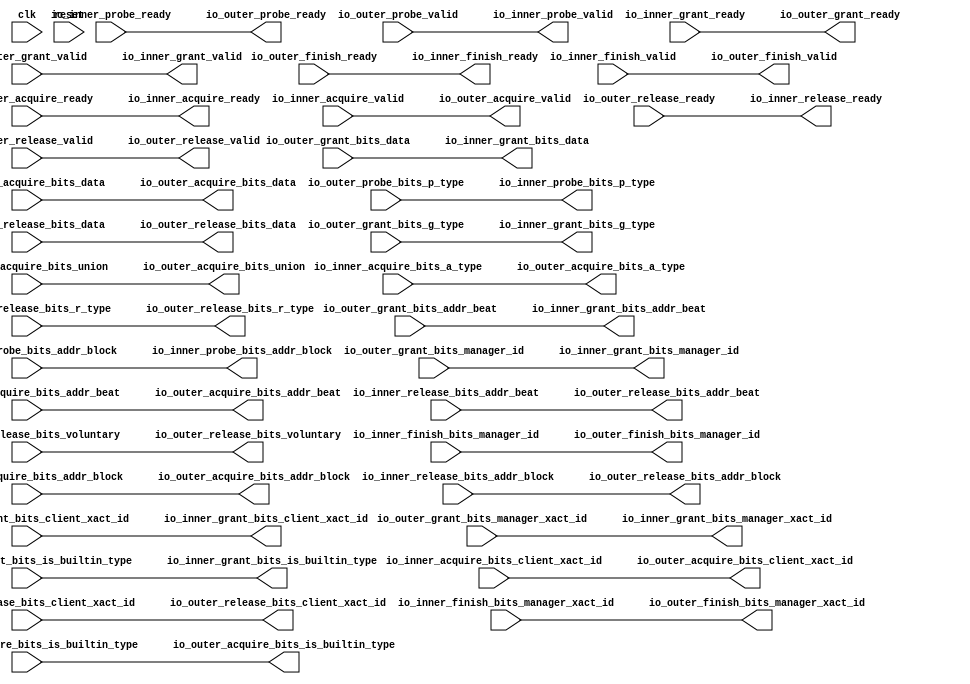
// Copyright (c) 2017, Microsemi Corporation
// All rights reserved.
//
// Redistribution and use in source and binary forms, with or without
// modification, are permitted provided that the following conditions are met:
//     * Redistributions of source code must retain the above copyright
//       notice, this list of conditions and the following disclaimer.
//     * Redistributions in binary form must reproduce the above copyright
//       notice, this list of conditions and the following disclaimer in the
//       documentation and/or other materials provided with the distribution.
//     * Neither the name of the <organization> nor the
//       names of its contributors may be used to endorse or promote products
//       derived from this software without specific prior written permission.
//
// THIS SOFTWARE IS PROVIDED BY THE COPYRIGHT HOLDERS AND CONTRIBUTORS "AS IS" AND
// ANY EXPRESS OR IMPLIED WARRANTIES, INCLUDING, BUT NOT LIMITED TO, THE IMPLIED
// WARRANTIES OF MERCHANTABILITY AND FITNESS FOR A PARTICULAR PURPOSE ARE
// DISCLAIMED. IN NO EVENT SHALL MICROSEMI CORPORATIONM BE LIABLE FOR ANY
// DIRECT, INDIRECT, INCIDENTAL, SPECIAL, EXEMPLARY, OR CONSEQUENTIAL DAMAGES
// (INCLUDING, BUT NOT LIMITED TO, PROCUREMENT OF SUBSTITUTE GOODS OR SERVICES;
// LOSS OF USE, DATA, OR PROFITS; OR BUSINESS INTERRUPTION) HOWEVER CAUSED AND
// ON ANY THEORY OF LIABILITY, WHETHER IN CONTRACT, STRICT LIABILITY, OR TORT
// (INCLUDING NEGLIGENCE OR OTHERWISE) ARISING IN ANY WAY OUT OF THE USE OF THIS
// SOFTWARE, EVEN IF ADVISED OF THE POSSIBILITY OF SUCH DAMAGE.
//
// Description:
//
// SVN Revision Information:
// SVN $Revision: 29484 $
// SVN $Date: 2017-03-31 09:57:25 +0100 (Fri, 31 Mar 2017) $
//
// Resolved SARs
// SAR      Date     Who   Description
//
// Notes:
//
// ****************************************************************************/
`define RANDOMIZE
`timescale 1ns/10ps
module PROC_SUBSYSTEM_CORERISCV_AXI4_0_CORERISCV_AXI4_CLIENT_TILE_LINK_ENQUEUER(
  input   clk,
  input   reset,
  output  io_inner_acquire_ready,
  input   io_inner_acquire_valid,
  input  [25:0] io_inner_acquire_bits_addr_block,
  input  [1:0] io_inner_acquire_bits_client_xact_id,
  input  [2:0] io_inner_acquire_bits_addr_beat,
  input   io_inner_acquire_bits_is_builtin_type,
  input  [2:0] io_inner_acquire_bits_a_type,
  input  [11:0] io_inner_acquire_bits_union,
  input  [63:0] io_inner_acquire_bits_data,
  input   io_inner_probe_ready,
  output  io_inner_probe_valid,
  output [25:0] io_inner_probe_bits_addr_block,
  output [1:0] io_inner_probe_bits_p_type,
  output  io_inner_release_ready,
  input   io_inner_release_valid,
  input  [2:0] io_inner_release_bits_addr_beat,
  input  [25:0] io_inner_release_bits_addr_block,
  input  [1:0] io_inner_release_bits_client_xact_id,
  input   io_inner_release_bits_voluntary,
  input  [2:0] io_inner_release_bits_r_type,
  input  [63:0] io_inner_release_bits_data,
  input   io_inner_grant_ready,
  output  io_inner_grant_valid,
  output [2:0] io_inner_grant_bits_addr_beat,
  output [1:0] io_inner_grant_bits_client_xact_id,
  output  io_inner_grant_bits_manager_xact_id,
  output  io_inner_grant_bits_is_builtin_type,
  output [3:0] io_inner_grant_bits_g_type,
  output [63:0] io_inner_grant_bits_data,
  output  io_inner_grant_bits_manager_id,
  output  io_inner_finish_ready,
  input   io_inner_finish_valid,
  input   io_inner_finish_bits_manager_xact_id,
  input   io_inner_finish_bits_manager_id,
  input   io_outer_acquire_ready,
  output  io_outer_acquire_valid,
  output [25:0] io_outer_acquire_bits_addr_block,
  output [1:0] io_outer_acquire_bits_client_xact_id,
  output [2:0] io_outer_acquire_bits_addr_beat,
  output  io_outer_acquire_bits_is_builtin_type,
  output [2:0] io_outer_acquire_bits_a_type,
  output [11:0] io_outer_acquire_bits_union,
  output [63:0] io_outer_acquire_bits_data,
  output  io_outer_probe_ready,
  input   io_outer_probe_valid,
  input  [25:0] io_outer_probe_bits_addr_block,
  input  [1:0] io_outer_probe_bits_p_type,
  input   io_outer_release_ready,
  output  io_outer_release_valid,
  output [2:0] io_outer_release_bits_addr_beat,
  output [25:0] io_outer_release_bits_addr_block,
  output [1:0] io_outer_release_bits_client_xact_id,
  output  io_outer_release_bits_voluntary,
  output [2:0] io_outer_release_bits_r_type,
  output [63:0] io_outer_release_bits_data,
  output  io_outer_grant_ready,
  input   io_outer_grant_valid,
  input  [2:0] io_outer_grant_bits_addr_beat,
  input  [1:0] io_outer_grant_bits_client_xact_id,
  input   io_outer_grant_bits_manager_xact_id,
  input   io_outer_grant_bits_is_builtin_type,
  input  [3:0] io_outer_grant_bits_g_type,
  input  [63:0] io_outer_grant_bits_data,
  input   io_outer_grant_bits_manager_id,
  input   io_outer_finish_ready,
  output  io_outer_finish_valid,
  output  io_outer_finish_bits_manager_xact_id,
  output  io_outer_finish_bits_manager_id
);
  assign io_inner_acquire_ready = io_outer_acquire_ready;
  assign io_inner_probe_valid = io_outer_probe_valid;
  assign io_inner_probe_bits_addr_block = io_outer_probe_bits_addr_block;
  assign io_inner_probe_bits_p_type = io_outer_probe_bits_p_type;
  assign io_inner_release_ready = io_outer_release_ready;
  assign io_inner_grant_valid = io_outer_grant_valid;
  assign io_inner_grant_bits_addr_beat = io_outer_grant_bits_addr_beat;
  assign io_inner_grant_bits_client_xact_id = io_outer_grant_bits_client_xact_id;
  assign io_inner_grant_bits_manager_xact_id = io_outer_grant_bits_manager_xact_id;
  assign io_inner_grant_bits_is_builtin_type = io_outer_grant_bits_is_builtin_type;
  assign io_inner_grant_bits_g_type = io_outer_grant_bits_g_type;
  assign io_inner_grant_bits_data = io_outer_grant_bits_data;
  assign io_inner_grant_bits_manager_id = io_outer_grant_bits_manager_id;
  assign io_inner_finish_ready = io_outer_finish_ready;
  assign io_outer_acquire_valid = io_inner_acquire_valid;
  assign io_outer_acquire_bits_addr_block = io_inner_acquire_bits_addr_block;
  assign io_outer_acquire_bits_client_xact_id = io_inner_acquire_bits_client_xact_id;
  assign io_outer_acquire_bits_addr_beat = io_inner_acquire_bits_addr_beat;
  assign io_outer_acquire_bits_is_builtin_type = io_inner_acquire_bits_is_builtin_type;
  assign io_outer_acquire_bits_a_type = io_inner_acquire_bits_a_type;
  assign io_outer_acquire_bits_union = io_inner_acquire_bits_union;
  assign io_outer_acquire_bits_data = io_inner_acquire_bits_data;
  assign io_outer_probe_ready = io_inner_probe_ready;
  assign io_outer_release_valid = io_inner_release_valid;
  assign io_outer_release_bits_addr_beat = io_inner_release_bits_addr_beat;
  assign io_outer_release_bits_addr_block = io_inner_release_bits_addr_block;
  assign io_outer_release_bits_client_xact_id = io_inner_release_bits_client_xact_id;
  assign io_outer_release_bits_voluntary = io_inner_release_bits_voluntary;
  assign io_outer_release_bits_r_type = io_inner_release_bits_r_type;
  assign io_outer_release_bits_data = io_inner_release_bits_data;
  assign io_outer_grant_ready = io_inner_grant_ready;
  assign io_outer_finish_valid = io_inner_finish_valid;
  assign io_outer_finish_bits_manager_xact_id = io_inner_finish_bits_manager_xact_id;
  assign io_outer_finish_bits_manager_id = io_inner_finish_bits_manager_id;
endmodule